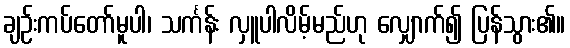
ချဉ်းကပ်တော်မူပါ၊ သင်္ကန်း လှူပါလိမ့်မည်ဟု လျှောက်၍ ပြန်သွား၏။